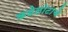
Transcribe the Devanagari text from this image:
कडेलोटाचे